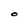
Character: O